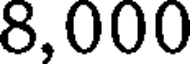
8,000